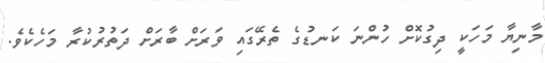
މާނިޔާ މަހަކީ ދިގުކޮށް ހުންނަ ކަނޑުގެ ތެރޭގައި ވަރަށް ބާރަށް ދަތުރުކުރާ މަހެކެވެ.